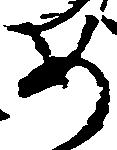
如